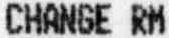
CHANGE RM